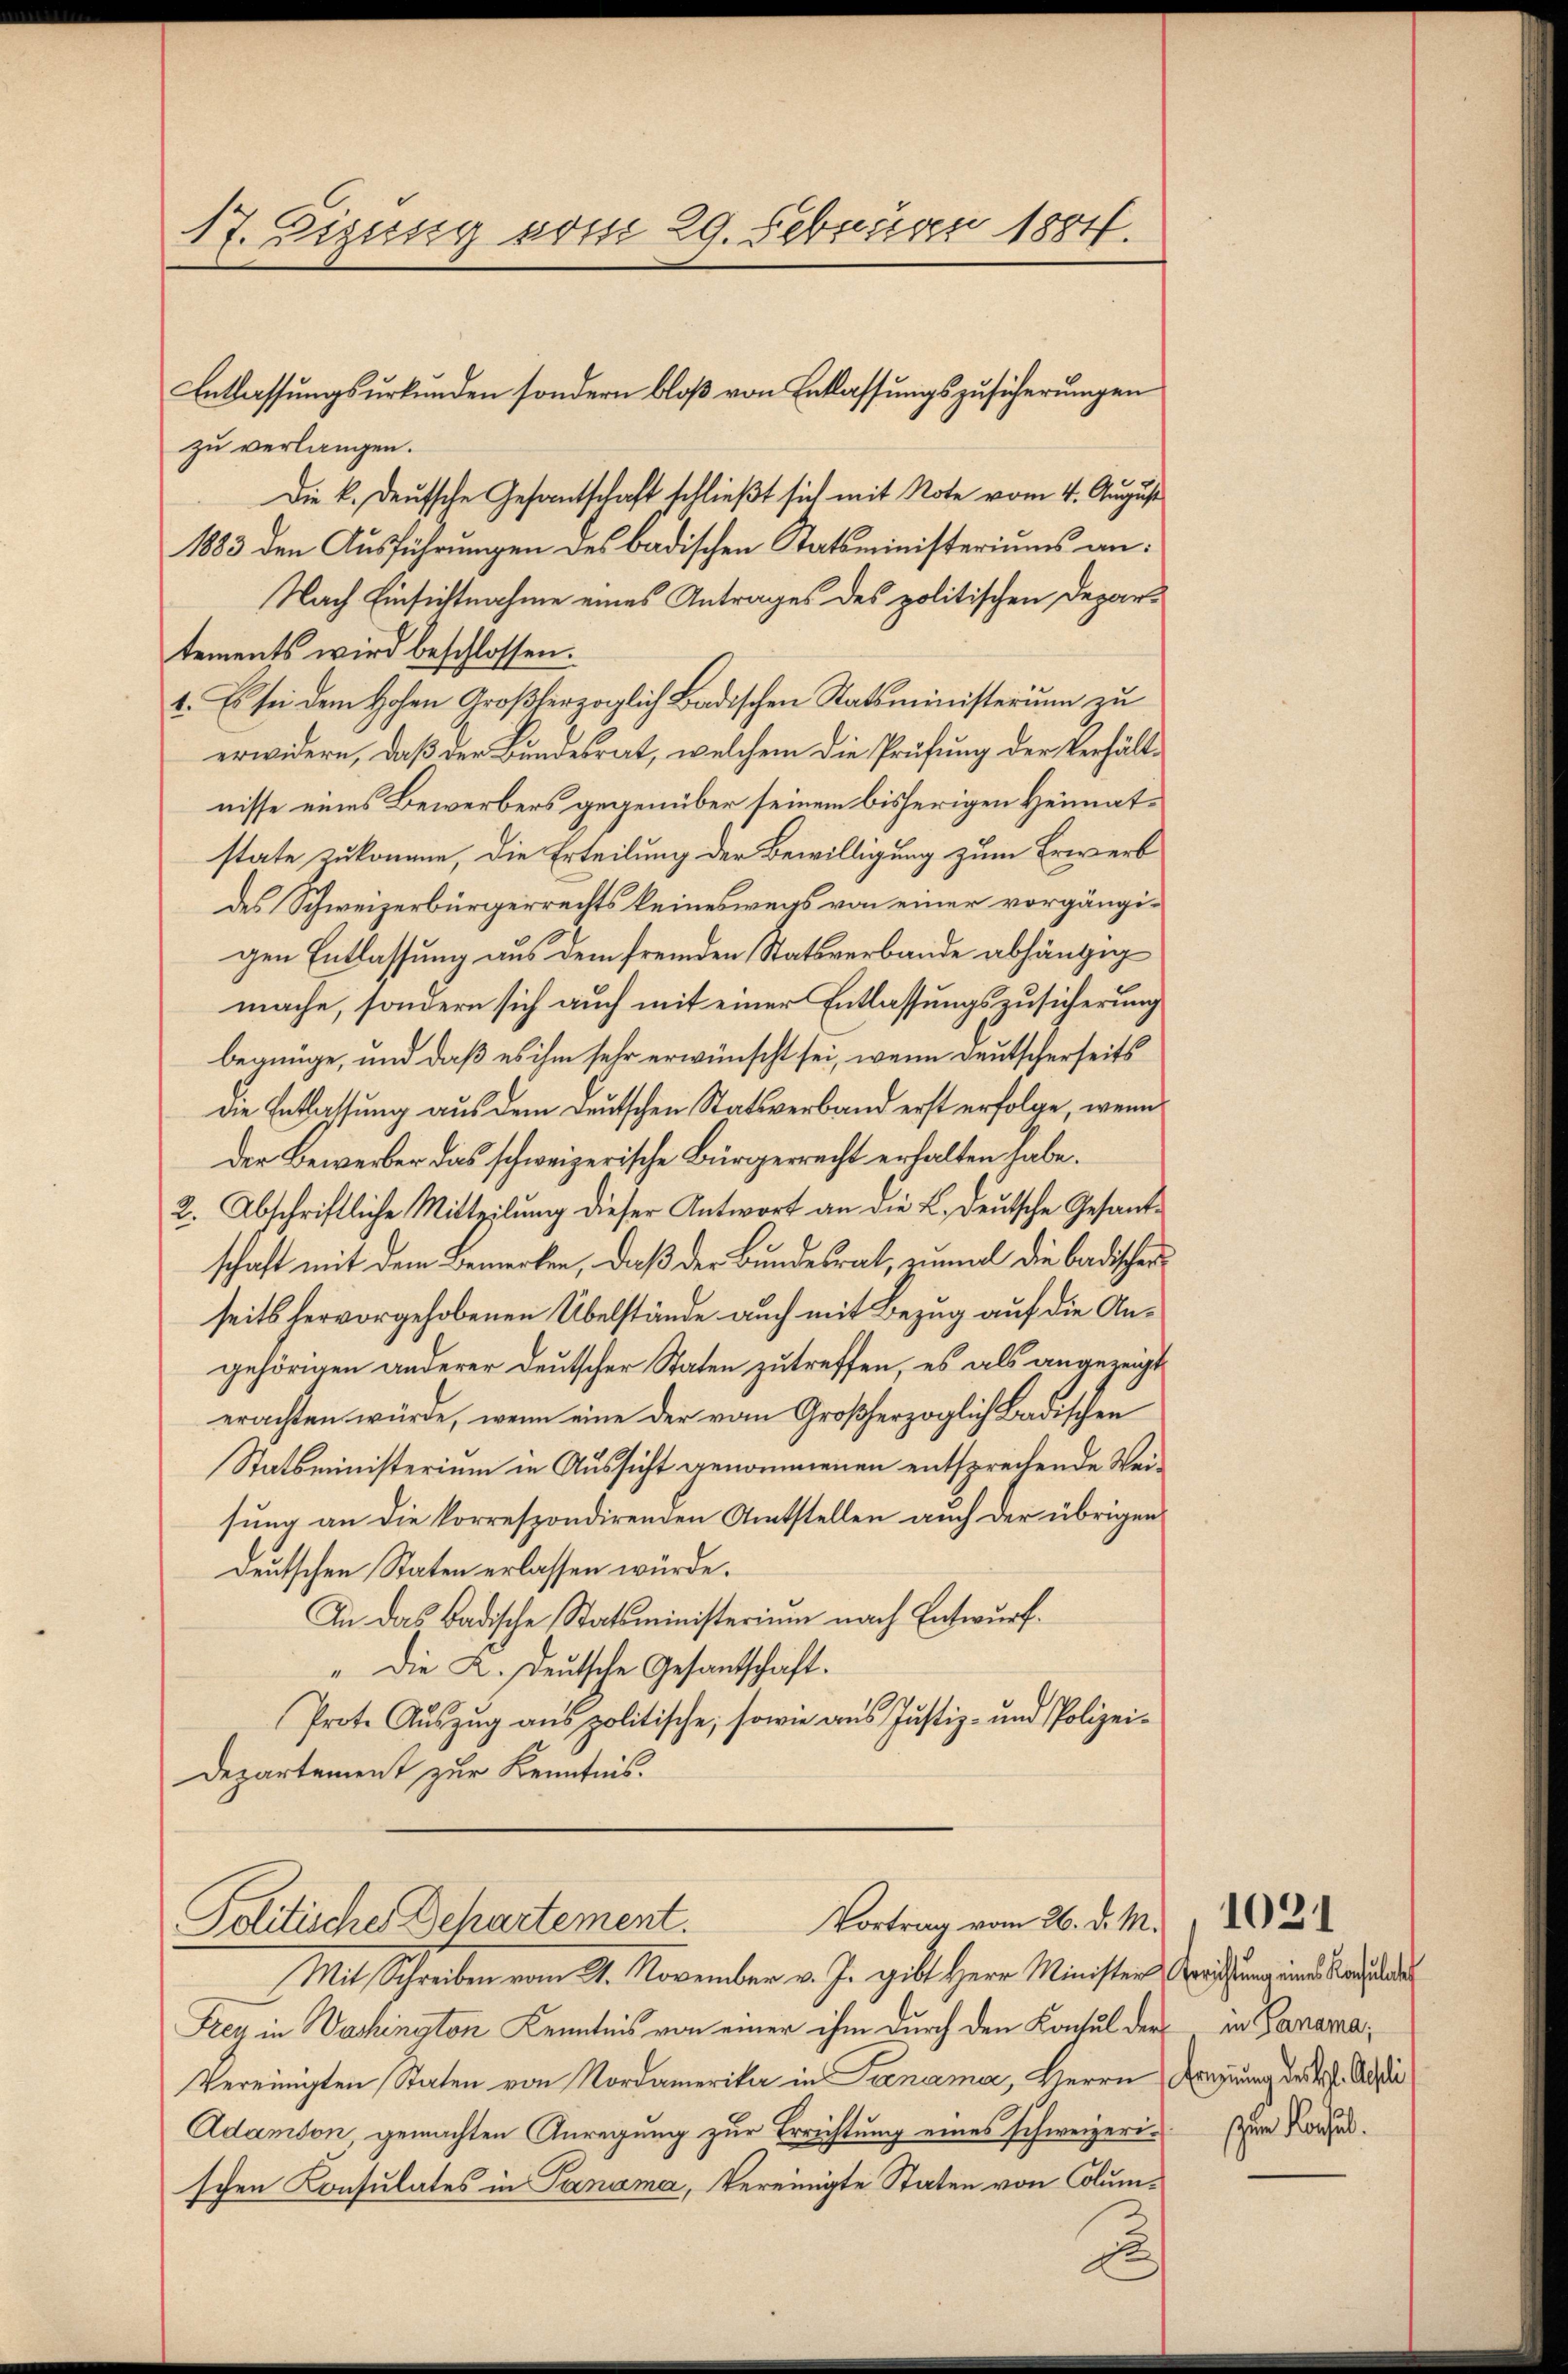
17. Dizusig vom 29. Februar 1884.

zu verlangen.
Die k. deutsche Gesantschaft schließt sich mit Note vom 4. August
1883 den Ausführungen des badischen Statsministeriums an¬
Nach Einsichtnahme eines Antrages des politischen Departements wird beschlossen.
1. Es sei dem Hohen Großherzoglich Badischen Statsministerium zu
erwidern, daß der Bundesrat, welchem die Prüfung der Verhältnisse eines Bewerbers gegenüber seinem bisherigen Heimatstate zukomme, die Erteilung der Bewilligung zum Erwerb
des Schweizerbürgerrechts keineswegs von einer vorgängigen Entlassung aus dem fremden Statsverbande abhängig
mache, sondern sich auch mit einer Entlassungszusicherung
begnüge, und daß es ihm sehr erwünscht sei, wenn deutscherseits
die Entlassung aus dem Deutschen Statsverband erst erfolge, wenn
der Bewerber das schweizerische Bürgerrecht erhalten habe.
2. Abschriftliche Mitteilung dieser Antwort an die L. deutsche Gesandschaft mit dem Bemerken, daß der Bundesrat, zumal die badischer
seits hervorgehobenen Übelstände auch mit Bezug auf die Angehörigen anderer deutscher Staten zutreffen, es als angezeigt
erachten würde, wenn eine der vom Großherzoglich Badischen
Statsministerium in Aussicht genommenen entsprechende Weisung an die korrespondirenden Amtstellen auch der übrigen
deutschen Staten erlassen würde.
In das Badische Statsministerium nach Entwurf.
" Die K. Deutsche Gesantschaft.
Prote Auszug aus politische, sowie aus Justiz- und Polizei-
Departement zur Kenntnis.

Entlassungsurkunden sondern bloß von Entlassungszusicherungen

Mit Schreiben vom 21. November v. J. gibt Herr Minister Kraffung und Nachla
Frey in Wachington Kenntnis von einer ihm durch den Konsul der in Parama¬
Vereinigten Staten von Nordamerika in Panama, Herrn Brennung der A. Addi
Adamson, gemachten Anregung zur Errichtung eines schweizerisie Ford
schen Konsulates in Panama, Vereinigte Staten von Colum¬

Vortrag vom 26. d. M.
Politische Dehartement.

.

1021